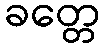
ခတ္တေ